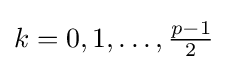
\textstyle k=0,1,\dots ,{\frac {p-1}{2}}